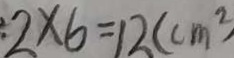
2 \times 6 = 1 2 ( c m ^ { 2 } )